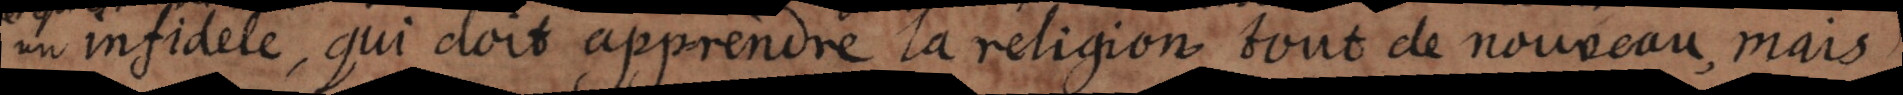
un infidele, qui doit apprendre la religion tout de nouveau; mais